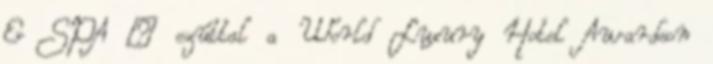
& SPA – ezúttal a World Luxury Hotel Awardson